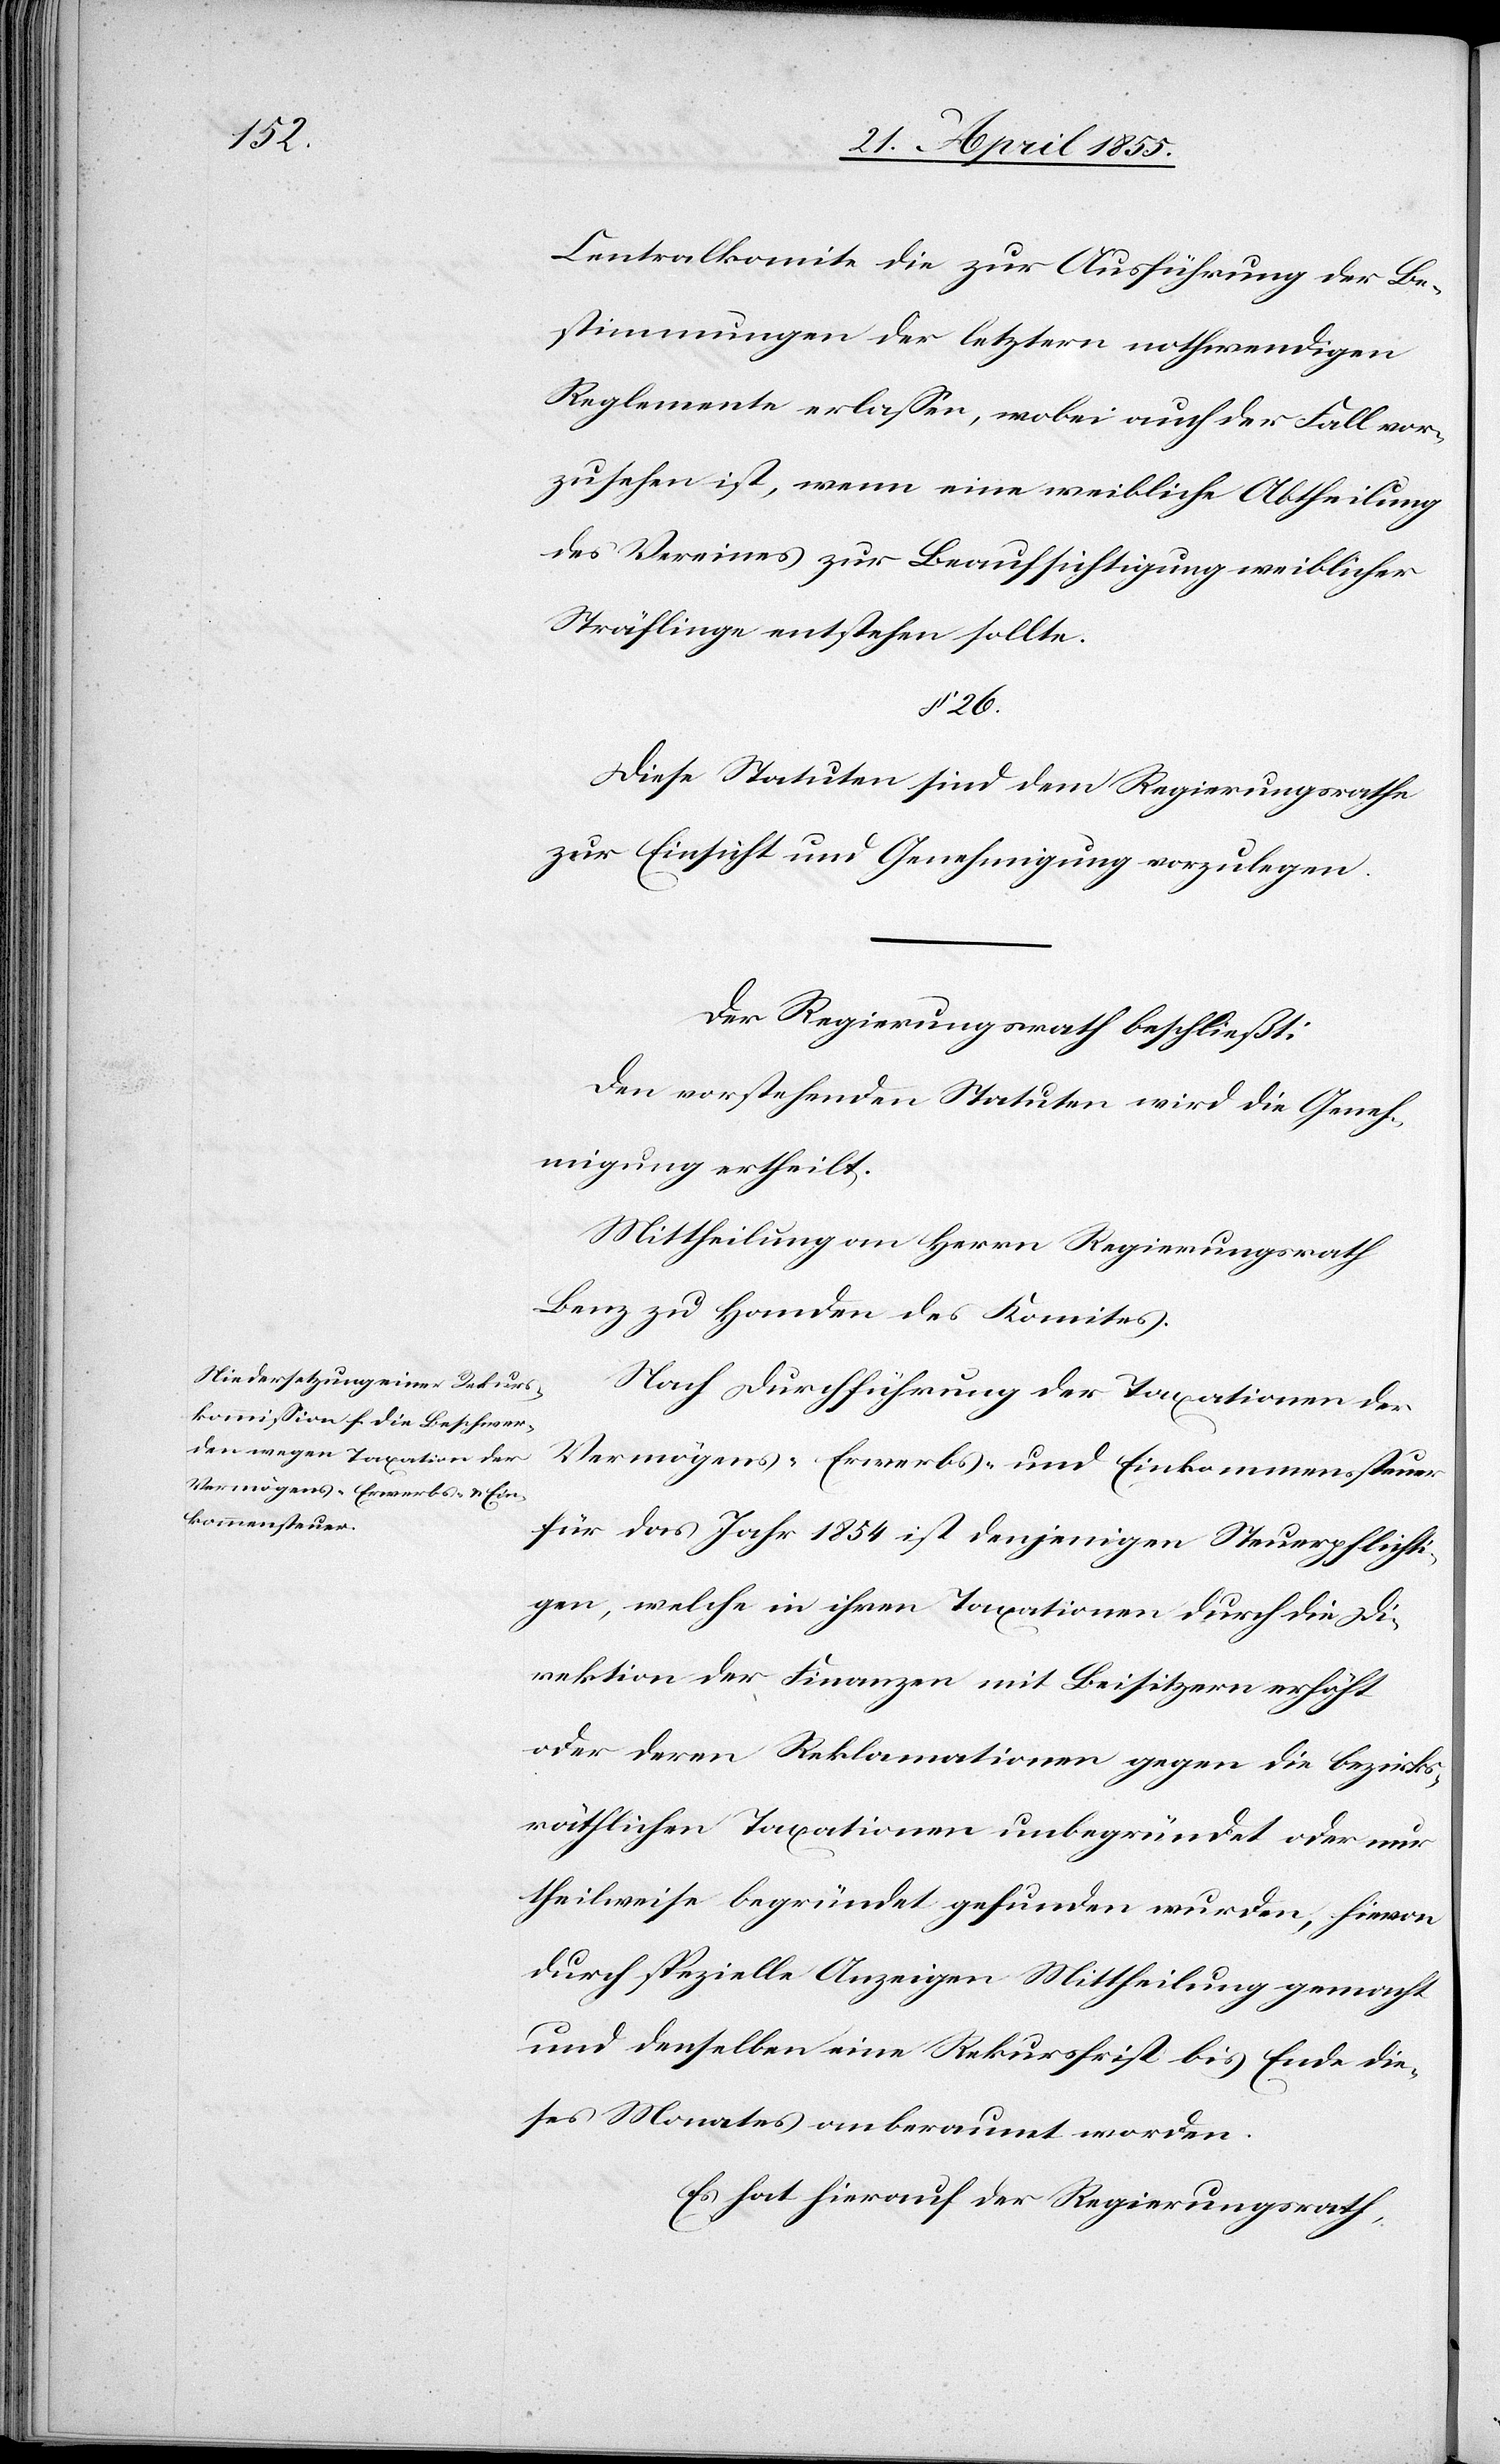
_____

Centralkomite die zur Ausführung der Be¬
stimmungen der letztern nothwendigen
Reglemente erlassen, wobei auch der Fall vor¬
zusehen ist, wenn eine weibliche Abtheilung
des Vereines zur Beaufsichtigung weiblicher
Sträflinge entstehen sollte.
§ 26.
Diese Statuten sind dem Regierungsrathe
zur Einsicht und Genehmigung vorzulegen.
Der Regierungsrath beschließt:
Den vorstehenden Statuten wird die Geneh¬
migung ertheilt.
Mittheilung an Herrn Regierungsrath
Benz zu Handen des Komites.
Nach Durchführung der Taxationen der
Vermögens-[,] Erwerbs- und Einkommenssteuer
für das Jahr 1854 ist denjenigen Steuerpflichti¬
gen, welche in ihren Taxationen durch die Di¬
rektion der Finanzen mit Beisitzern erhöht
oder deren Reklamationen gegen die bezirks¬
räthlichen Taxationen unbegründet oder nur
theilweise begründet gefunden wurden, hievon
durch spezielle Anzeigen Mittheilung gemacht
und denselben eine Rekursfrist bis Ende die¬
ses Monates anberaumt worden.
Es hat hierauf der Regierungsrath,